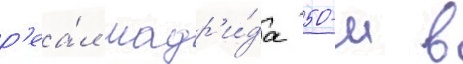
р'еа́л мадр'и́да 50-м в